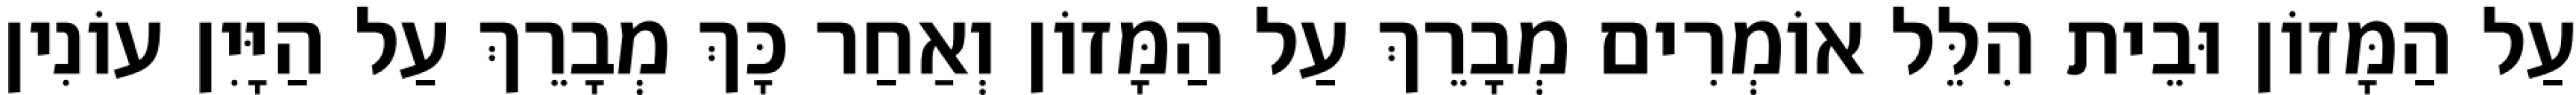
עַל הַמָּזוֹן וּבֵית הִלֵּל אוֹמְרִים מְבָרֵךְ עַל הַמָּזוֹן וְאַחַר כָּךְ מְבָרֵךְ עַל הַיָּיִן עוֹנִין